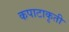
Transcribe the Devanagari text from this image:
कपाटाकृती